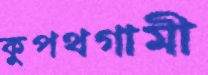
কুপথগামী